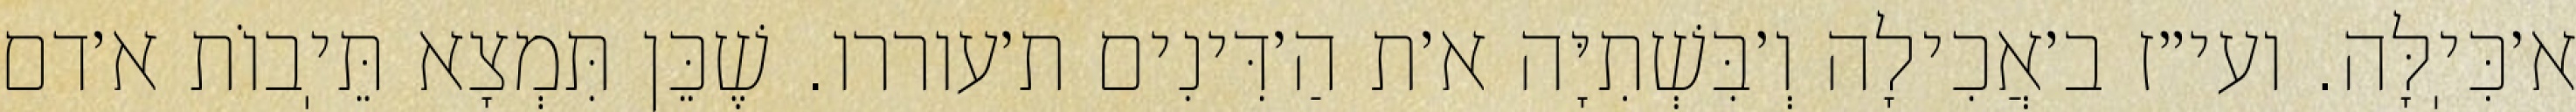
א׳כִּיֽלָּה. ועי״ז ב׳אֲכִילָה וְ׳בִּשְׁתִיָּה א׳ת הַ׳דִּינִים ת׳עוררו. שֶׁכֵּן תִּמְצָא תֵּיֽבוֹת א׳דם